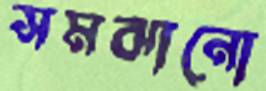
সমঝানো